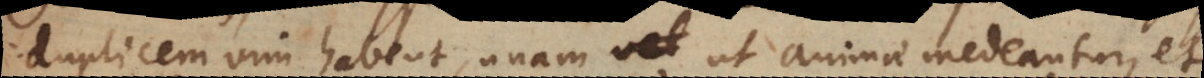
duplicem vim habent, unam ut animae medeantur, et